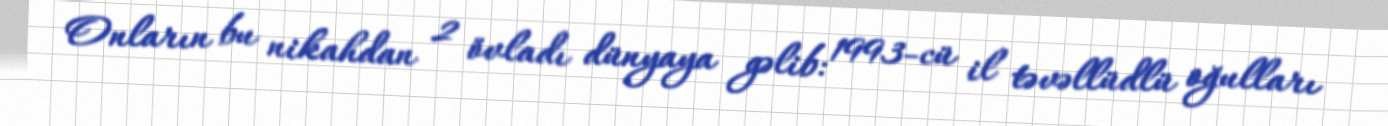
Onların bu nikahdan 2 övladı dünyaya gəlib: 1993-cü il təvəllüdlü oğulları